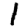
Digit: 1